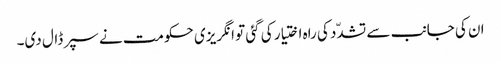
ان کی جانب سے تشدّد کی راہ اختیار کی گئی تو انگریزی حکومت نے سپر ڈال دی۔